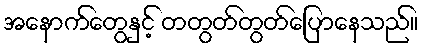
အနောက်တွေနှင့် တတွတ်တွတ်ပြောနေသည်။